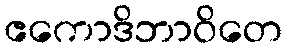
ဧကောဒိဘာဝိတေ